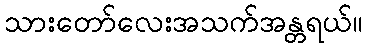
သားတော်လေးအသက်အန္တရယ်။